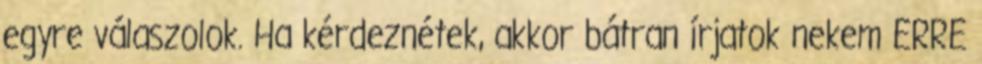
egyre válaszolok. Ha kérdeznétek, akkor bátran írjatok nekem ERRE